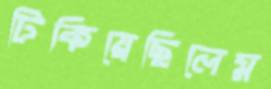
টিকিয়েছিলেম